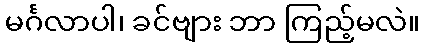
မင်္ဂလာပါ၊ ခင်ဗျား ဘာ ကြည့်မလဲ။